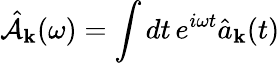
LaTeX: \hat{\mathcal{A}}_{\mathbf k}(\omega)=\int dt\, e^{i\omega t}\hat{a}_{\mathbf k}(t)